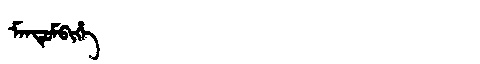
Manchu: ᠮᠠᠨᡨᡠᠮᠪᡳᡥᡝ
Romanization: MANTUMBIHE